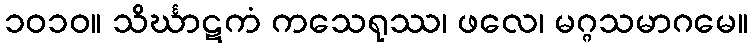
၁၀၁၀။ သိင်္ဃာဋကံ ကသေရုဿ၊ ဖလေ၊ မဂ္ဂသမာဂမေ။